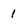
Character: 1